Vaccination returns of the Province of Eastern Bengal and Assam - 1905-1912
Year: 1905
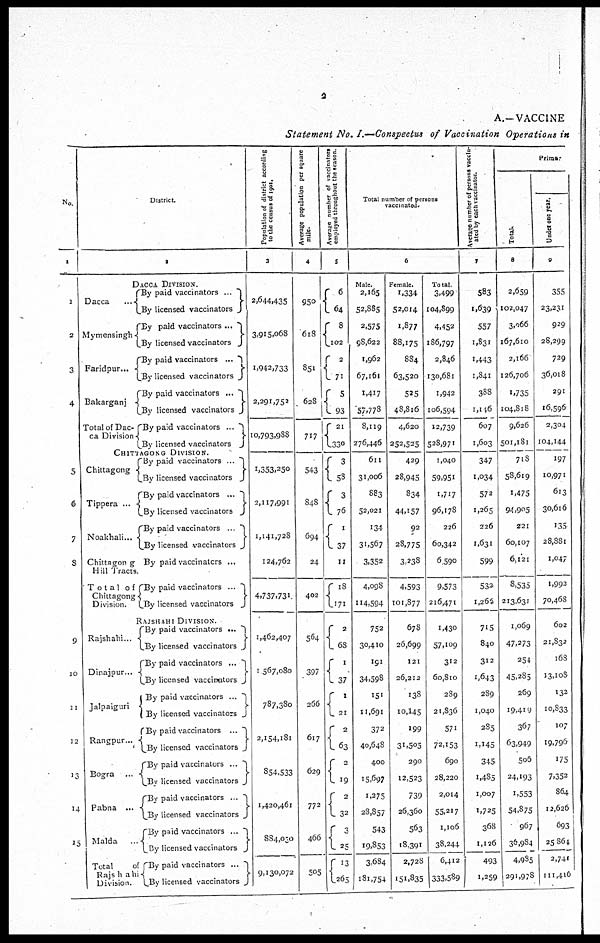
2
A.—VACCINE
Statement No. I.—Conspectus of Vaccination Operatio ns in
No.
1
1
2
3
4
5
6
7
8
9
10
11
12
13
14
15
District.
2
DACCA DIVISION.
Dacca...
Mymensingh
Faridpur...
Bakarganj...
Total of Dac-
ca Division -
By paid vaccinators...
By licensed vaccinators
By paid vaccinators...
By licensed vaccinators
By paid vaccinators...
By licensed vaccinators
By paid vaccinators...
By licensed vaccinators
By paid vaccinators...
By licensed vaccinators
CHITTAGONG DIVISION.
Chittagong
Tippera ...
Noakhali...
Chittagon g
Hill Tracts.
Total of
Chittagong
Division.
By paid vaccinators ...
By licensed vaccinators
By paid vaccinators...
By licensed vaccinators
By paid vaccinators ...
By licensed vaccinators
By paid vaccinators ...
By paid vaccinators...
By licensed vaccinators
RAJSHAHI DIVISION.
Rajshahi...
Dinajpur...
Jalpaiguri
Rangpur...
Bogra...
Pabna...
Malda...
Total
of
Rajshahi
Division.
By paid vaccinators ...
By licensed vaccinators
By paid vaccinators...
By licensed vaccinators
By paid vaccinators...
By licensed vaccinators
By paid vaccinators...
By licensed vaccinators
By paid vaccinators ...
By licensed vaccinators
By paid vaccinators...
By licensed vaccinators
By paid vaccinators...
By licensed vaccinators
By paid vaccinators...
By licensed vaccinators
Population of district according
to the census of 1901.
3
2,644,435
3,915,068
1,942,733
2,291,752
10,793,988
1,353,250
2,117,991
1,141,728
124,762
4,737,731
1,462,407
1,567,080
787,380
2,154,181
854,533
1,420,461
884,030
9,130,072
Average population per square
mile.
4
950
618
851
628
717
543
848
694
24
402
564
397
266
617
629
772
466
505
Average number of vaccinators
employed throughout the season.
5
6
64
8
102
2
71
5
93
21
330
3
58
3
76
1
37
11
18
171
2
68
1
37
1
21
2
63
2
l9
2
32
3
25
13
265
Total number of persons
vaccinated.
6
Male.
2,165
52,885
2,575
98,622
1,962
67,161
1,417
57,778
8,119
276,446
611
31,006
883
52,021
134
31,567
3,352
4,098
114,594
752
30,410
191
34,598
151
11,691
372
40,648
400
15,697
1,275
28,857
543
19,853
3,684
181,754
Female.
1,334
52,014
1,877
88,175
884
63,520
525
48,816
4,620
252,525
429
28,945
834
44,157
92
28,775
3,238
4,593
101,877
678
26,699
121
26,212
138
10,145
199
31,505
290
12,523
739
26,360
563
18,391
2,728
151,835
Total.
3,499
104,899
4,452
186,797
2,846
130,681
1,942
106,594
12,739
528,971
1,040
59,951
1,717
96,178
226
60,342
6,590
9,573
216,471
1,430
57,109
312
60,810
289
21,836
571
72,153
690
28,220
2,014
55,217
1,106
38,244
6,412
333,589
Average number of persons vaccin-
ated by each vaccinator.
7
583
1,639
557
1,831
1,443
1,841
388
1,146
607
1,603
347
1,034
572
1,265
226
1,631
599
532
1,266
715
840
312
1,643
289
1,040
285
1,145
345
1,485
1,007
1,725
368
1,126
493
1,259
Primar
Total.
8
2,659
102,047
3,066
167,610
2,166
126,706
1,735
104,818
9,626
501,181
718
58,619
1,475
94,905
221
60,107
6,121
8,535
213,631
1,069
47,273
254
45,285
269
19,419
367
63,949
506
24,193
1,553
54,875
967
36,984
4,985
291,978
Under one year.
9
355
23,231
929
28,299
729
36,018
291
16,596
2,304
104,144
197
10,971
613
30,616
135
28,881
1,047
1,992
70,468
602
21,832
168
13,108
132
10,833
107
19,796
175
7,352
864
12,626
693
25,864
2,741
111,416